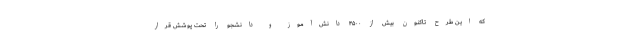
که این طرح تاکنون بیش از ۴۵۰۰ دانش‌آموز و دانشجو را تحت پوشش قرار